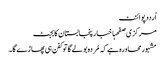
اُردو پوائنٹ
مرکزی صفحہاخبارپنجابستان کابجٹ
مشہورمحاورہ ہے کہ مُردہ بولے گاتو کفن ہی پھاڑے گا۔